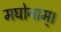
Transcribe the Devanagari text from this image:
मघोनाम्।